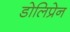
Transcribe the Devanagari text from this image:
डोलिप्रेन